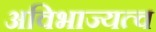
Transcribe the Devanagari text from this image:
अविभाज्यत्व